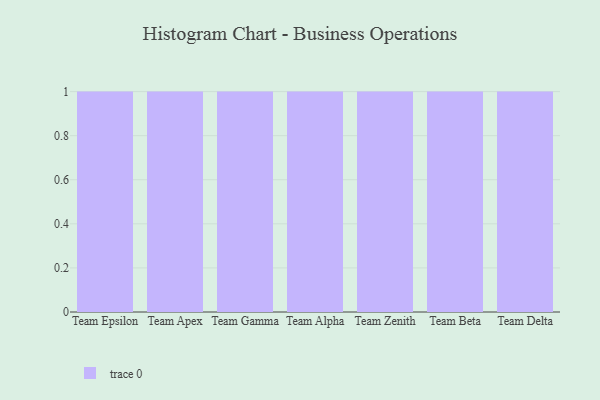
{"axis": {"x": "Team", "y": "Revenue (USD Million)"}, "legend": [""], "data": [{"x": "Team Epsilon", "y": 18, "type": ""}, {"x": "Team Apex", "y": 7, "type": ""}, {"x": "Team Gamma", "y": 17, "type": ""}, {"x": "Team Alpha", "y": 42, "type": ""}, {"x": "Team Zenith", "y": 85, "type": ""}, {"x": "Team Beta", "y": 13, "type": ""}, {"x": "Team Delta", "y": 71, "type": ""}]}